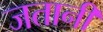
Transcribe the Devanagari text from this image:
जतानी